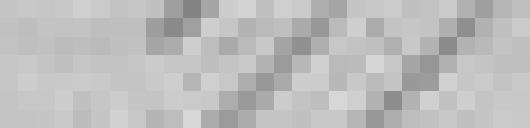
177